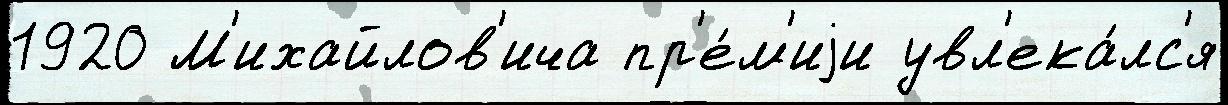
1920 М'ихайлов'ича пр'е́м'иjи увл'ека́лс'я